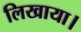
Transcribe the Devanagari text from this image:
लिखाया।